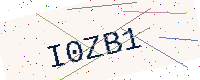
Text: I0ZB1